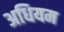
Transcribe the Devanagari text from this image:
अधियम